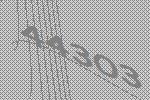
44303